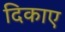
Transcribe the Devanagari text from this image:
दिकाए